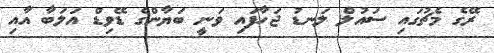
ރޭގެ މެޗުގައި ސައުލް ލަނޑު ޖަހާފައި ވަނީ ބަޔާންގެ ޑޭވިޑް އަލަބާ އާއި